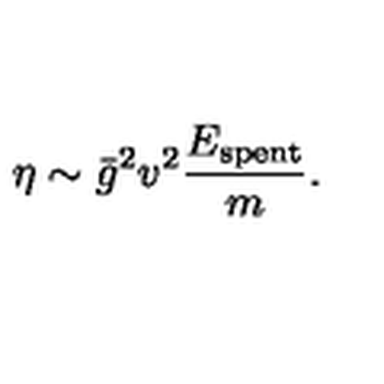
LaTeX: \eta \sim \bar { g } ^ { 2 } v ^ { 2 } \frac { E _ { \mathrm { s p e n t } } } { m } .